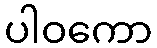
ပါဝကော